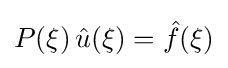
P(\xi )\,{\hat {u}}(\xi )={\hat {f}}(\xi )